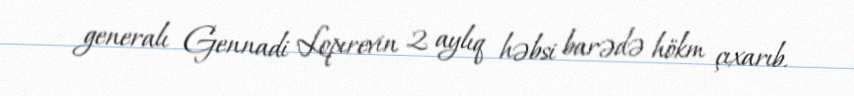
generalı Gennadi Lopırevin 2 aylıq həbsi barədə hökm çıxarıb.